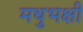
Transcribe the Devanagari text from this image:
मधुभक्षी